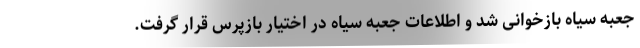
جعبه سیاه بازخوانی شد و اطلاعات جعبه سیاه در اختیار بازپرس قرار گرفت.